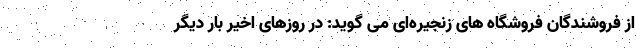
از فروشندگان فروشگاه های زنجیره‌ای می گوید: در روزهای اخیر بار دیگر